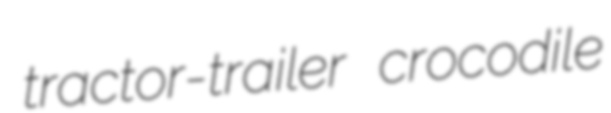
tractor-trailer crocodile